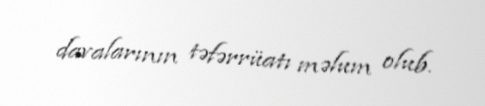
davalarının təfərrüatı məlum olub.